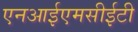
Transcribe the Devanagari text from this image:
एनआईएमसीईटी